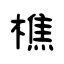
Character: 樵